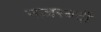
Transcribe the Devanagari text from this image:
नज़रबदी